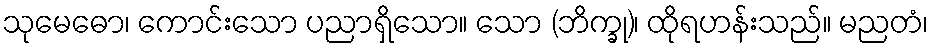
သုမေဓော၊ ကောင်းသော ပညာရှိသော။ သော (ဘိက္ခု)၊ ထိုရဟန်းသည်။ မညတံ၊